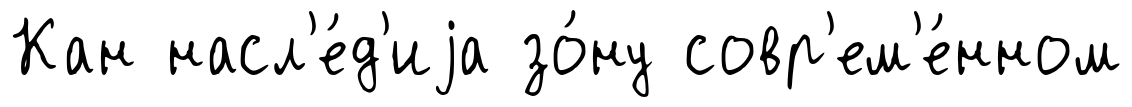
Кан насл'е́д'иjа зо́ну совр'ем'е́нном